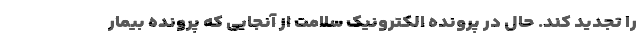
را تجدید کند. حال در پرونده الکترونیک سلامت از آنجایی که پرونده بیمار